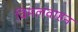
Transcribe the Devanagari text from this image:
विमलवाहन